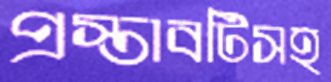
প্রস্তাবটিসহ